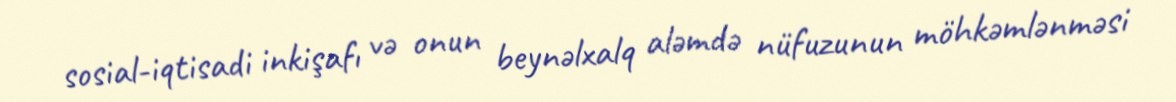
sosial-iqtisadi inkişafı və onun beynəlxalq aləmdə nüfuzunun möhkəmlənməsi